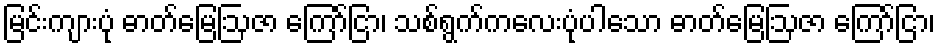
မြင်းကျားပုံ ဓာတ်မြေဩဇာ ကြော်ငြာ၊ သစ်ရွက်ကလေးပုံပါသော ဓာတ်မြေဩဇာ ကြော်ငြာ၊